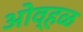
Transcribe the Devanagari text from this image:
ओव्हळ